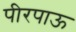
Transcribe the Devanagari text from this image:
पीरपाऊ